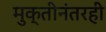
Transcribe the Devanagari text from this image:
मुक्तीनंतरही